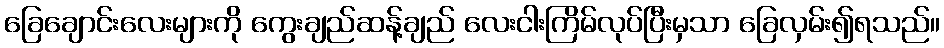
ခြေချောင်းလေးများကို ကွေးချည်ဆန့်ချည် လေးငါးကြိမ်လုပ်ပြီးမှသာ ခြေလှမ်း၍ရသည်။